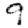
Digit: 9